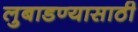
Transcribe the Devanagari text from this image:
लुबाडण्यासाठी